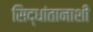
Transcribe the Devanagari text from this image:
सिद्धांतानाशी